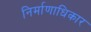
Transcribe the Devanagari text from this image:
निर्माणाधिकार